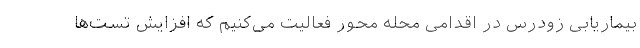
بیماریابی زودرس در اقدامی محله محور فعالیت می‌کنیم که افزایش تست‌ها